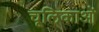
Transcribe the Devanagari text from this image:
चूलिकाओं